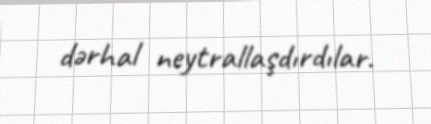
dərhal neytrallaşdırdılar.